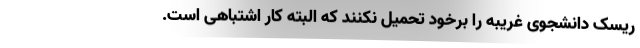
ریسک دانشجوی غریبه را برخود تحمیل نکنند که البته کار اشتباهی است.